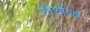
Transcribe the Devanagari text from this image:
शीर्शोवक्ष